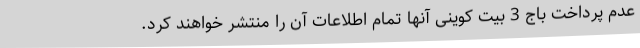
عدم پرداخت باج 3 بیت کوینی آنها تمام اطلاعات آن را منتشر خواهند کرد.